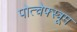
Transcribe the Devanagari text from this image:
पोत्चेफ्स्त्रूम